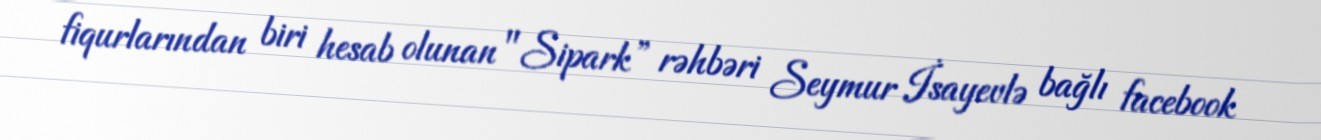
fiqurlarından biri hesab olunan "Sipark” rəhbəri Seymur İsayevlə bağlı facebook